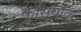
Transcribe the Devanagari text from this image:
कुसियाक